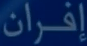
إفران